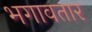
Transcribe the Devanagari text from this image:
भगावतार